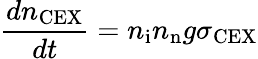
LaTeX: \frac{dn_{\mathrm{CEX}}}{dt}=n_{\mathrm{i}}n_{\mathrm{n}}g\sigma_{\mathrm{CEX}}